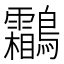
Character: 鸘